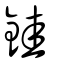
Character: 銈